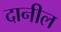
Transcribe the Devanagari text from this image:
दानील